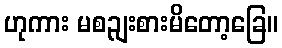
ဟုကား မစဉျးစားမိတော့ခြေ။